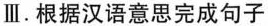
Ⅲ.根据汉语意思完成句子